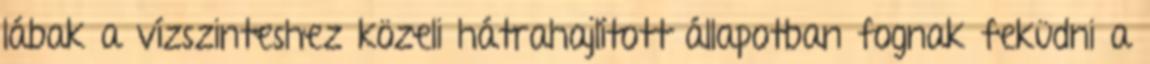
lábak a vízszinteshez közeli hátrahajlított állapotban fognak feküdni a